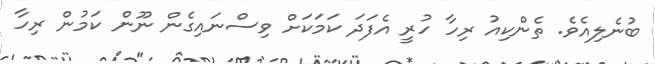
ބުނެލިއެވެ. ތެންކިއު ރިހާ ހުރީ އެފަދަ ކަމަކަށް ވިސްނައިގެން ނޫން ކަމުން ރިހާ